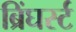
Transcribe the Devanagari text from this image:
ब्रिंघर्स्‍ट